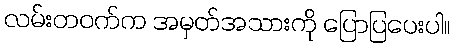
လမ်းတဝက်က အမှတ်အသားကို ပြောပြပေးပါ။